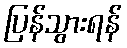
ပြန်သွားရန်